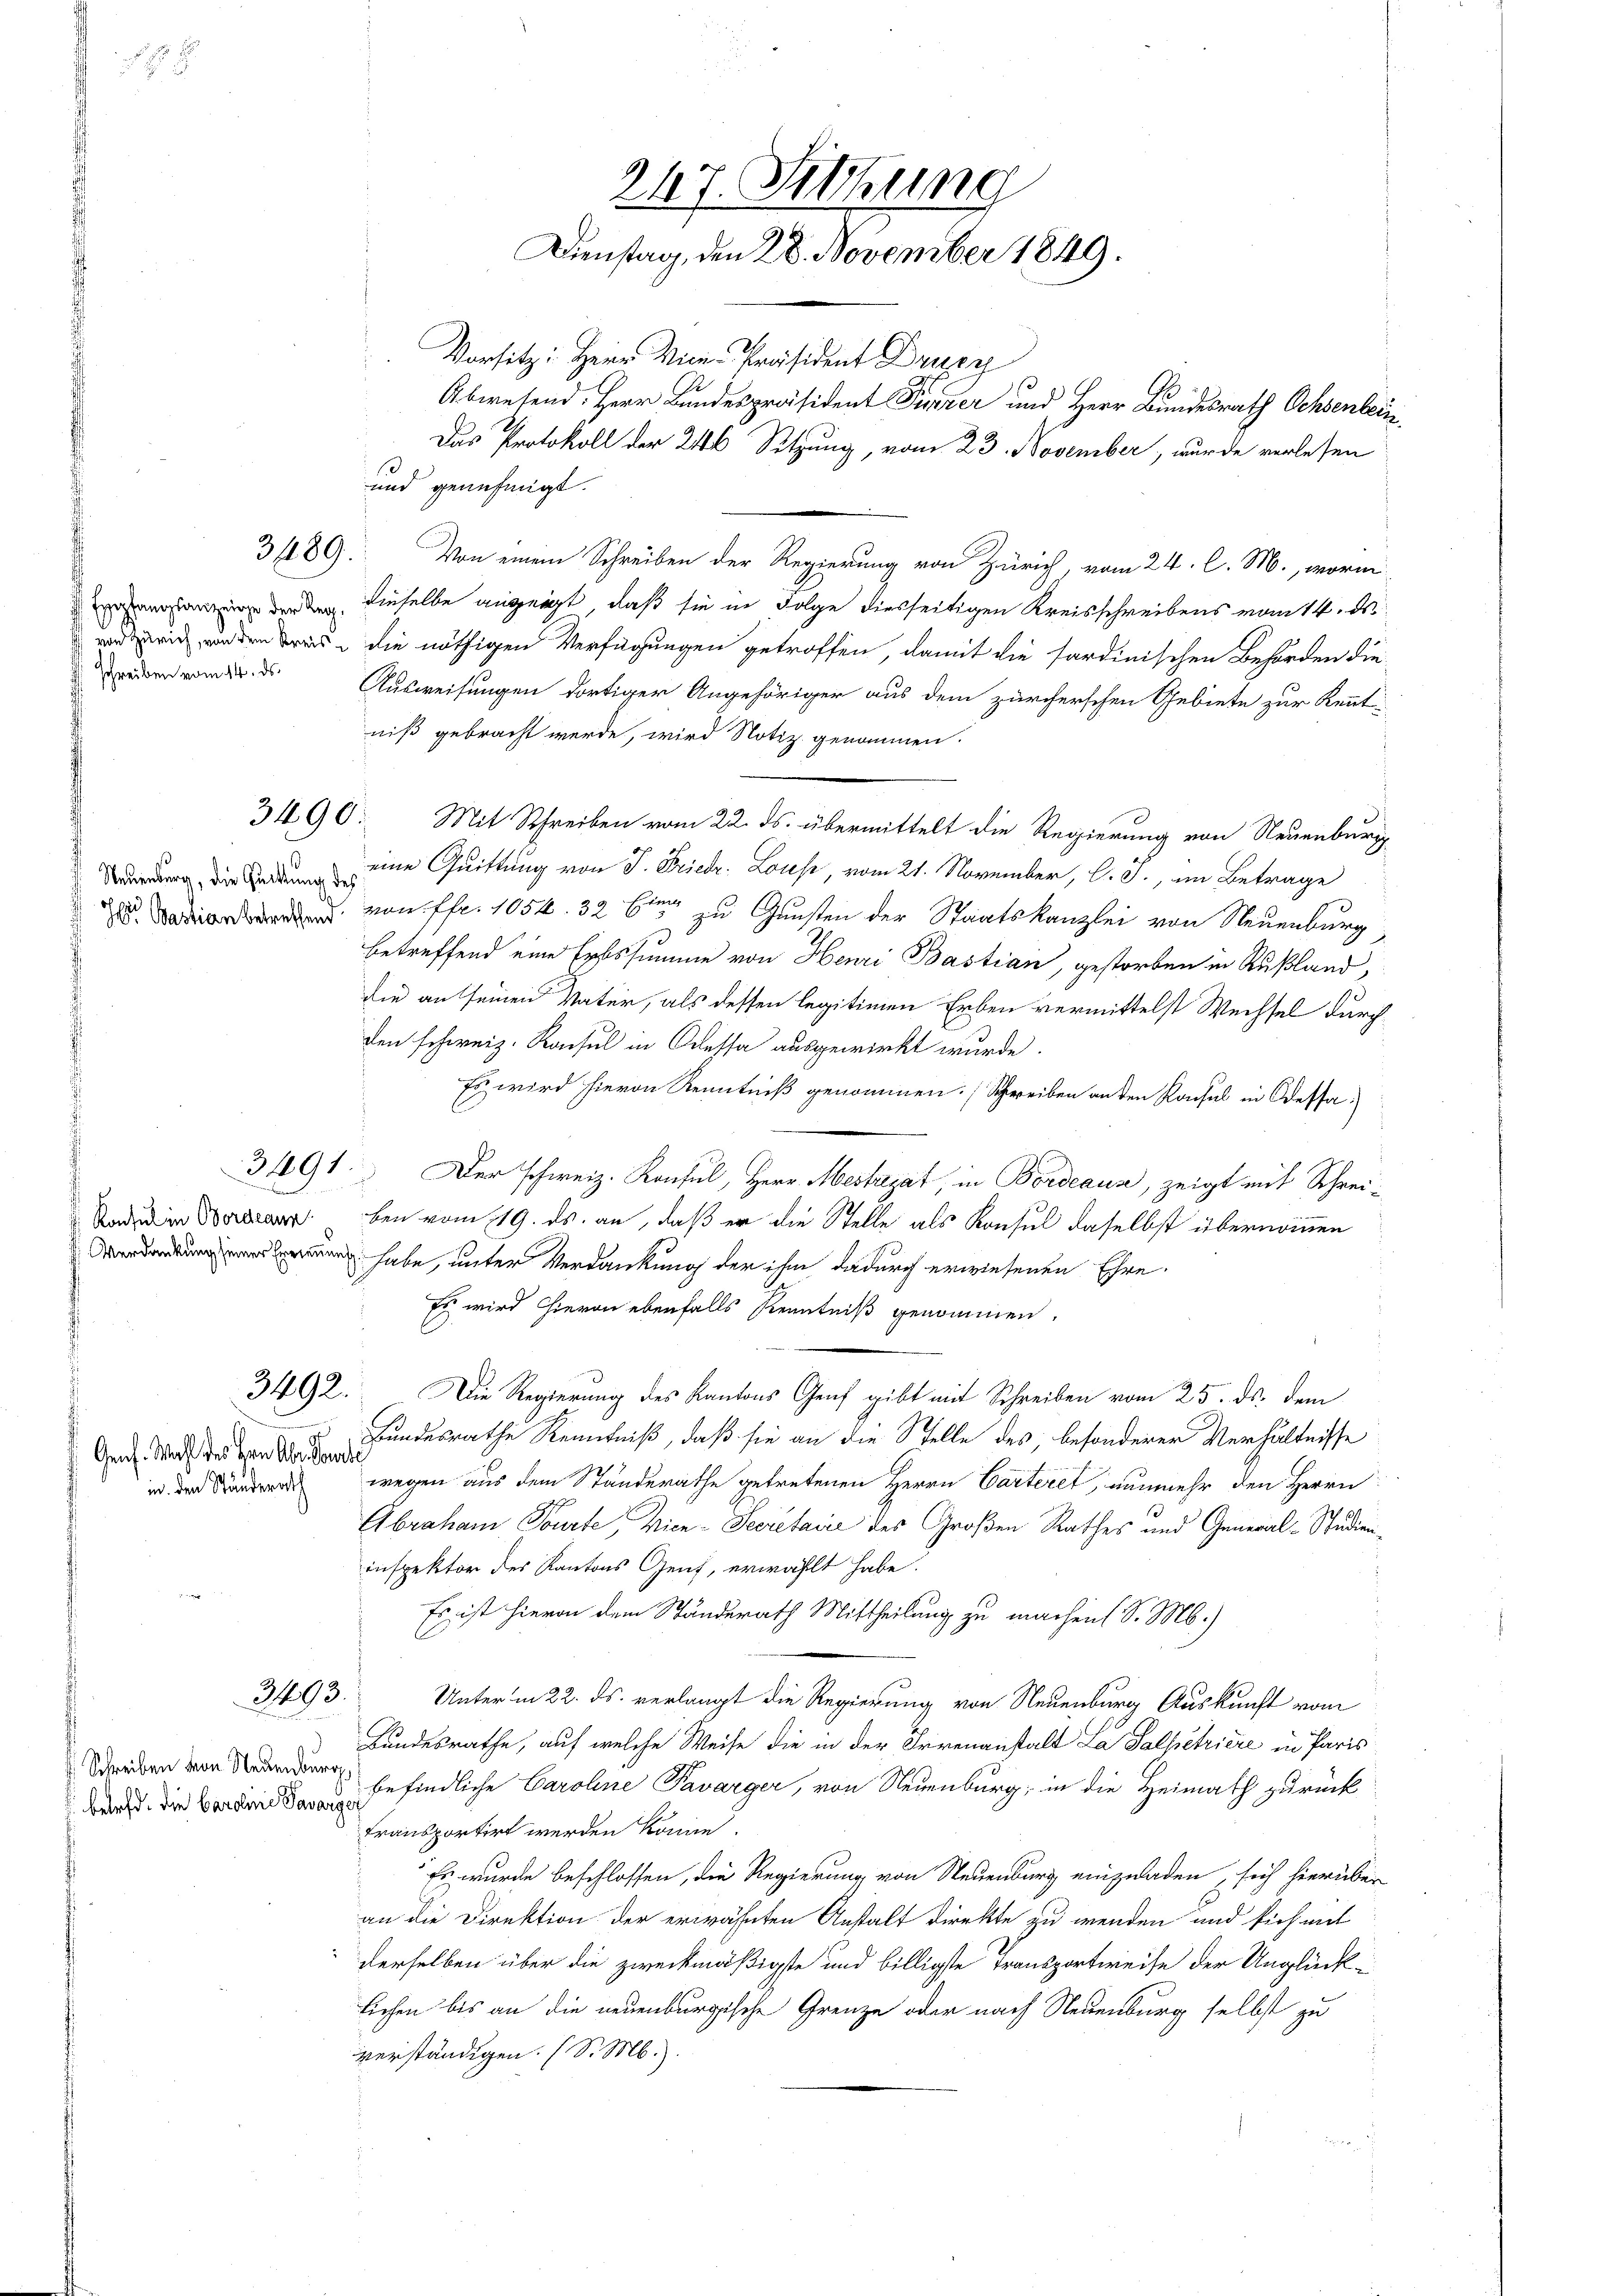
schreiben vom 14. ds.

3489.

3492.

Genf. Wahl des Hrn. Aber Parte
in den Ständerath

behaft. Die Carolinie Savarge

Vorsitz: Herr Vice-Präsident Druzy
Abwesend: Herr Bundespräsident Tierer und Herr Bundesrath Ochsenbein
Das Protokoll der 246 Sitzung, vom 23. November, wurde verlesen
und genehmigt.
Von einem Schreiben der Regierung von Zürich, vom 24. C. M., worin
 der den dieselbe anzeigt, daß sie in Folge diesseitigen Kreisschreibens vom 14. d.
 die nöthigen Verfügungen getroffen, damit die sardinischen Behörden die-
Ausweisungen dortiger Angehöriger aus dem zürcherschen Gebiete zur Kennt
niß gebracht werde, wird Notiz genommen.
3490. Mit Schreiben vom 22. ds. übermittelt die Regierung von Neuenburg
g die eine Quittung von P. Friedr. Louse, vom 21. November, l. J., im Betrage
 von fr. 1054. 326 zu Gunsten der Staatskanzlei von Neuenburg
betreffend eine Erbssumme von Henri Bastian, gestorben in Rußland,
die an seinen Vater, als dessen legitimen Erben vermittelst Wechsel durch
den schweiz. Konsul in Odessa ausgewirkt wurde.
Es wird hievon Kenntniß genommen. Schreiben anden Rachel in Dessa
3491. Der schweiz. Konsul, Herr Mestrat, in Bordeaus, zeigt mit Schrei¬
Und in Bearben vom 19. ds. an, daß er die Stelle als Konsul daselbst übernommen
 habe, unter Verdankung der ihm dadurch erwiesenen Ehre
Es wird hievon ebenfalls Kenntniß genommen.
Die Regierung des Kantons Genf gibt mit Schreiben vom 25. ds. dem
Bundesrathe Kenntniß, daß sie an die Stelle des, besonderer Verhältnisse
wegen aus dem Ständerathe getretenen Herrn Carteilt, nunmehr den Herrn
Abraham Sourte, Vice-Secretaire des Großen Rathes und General-Studieninspektor des Kantons Genf, erwählt habe.
Es ist hievon dem Ständerath Mittheilung zu machen (S. M.)
393.
Unter in 22. ds. verlangt die Regierung von Neuenburg Auskunft vom
Bundesrathe, auf welche Weise die in der Irrenanstalt La Salpetriere in Paris
Streben von der befindliche Caroline Pavarger, von Neuenburg, in die Heimath zurück
transportirt werden könne.
Es wurde beschlossen, die Regierung von Neuenburg einzuladen, sich hierüber
an die Direktion der erwähnten Anstalt Direkte zu wenden und sich mit
derselben über die zweckmäßigste und billigte Transportweise der Unglück-
lichen bis an die neuenburgische Grenze oder nach Neuenburg selbst zu
verständigen. (S. M.
8

247. Sitzung
Dienstag, den 28. November 1849.